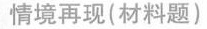
情境再现(材料题)